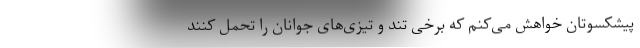
پیشکسوتان خواهش می‌کنم که برخی تند و تیزی‌های جوانان را تحمل کنند